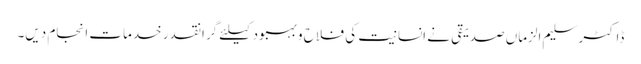
ڈاکٹر سلیم الزماں صدیقی نے انسانیت کی فلاح و بہبود کیلئے گرانقدر خدمات انجام دیں۔